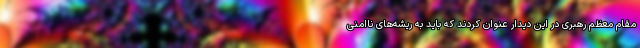
مقام معظم رهبری در این دیدار عنوان کردند که باید به ریشه‌های ناامنی